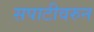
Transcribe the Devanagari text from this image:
सपाटीवरुन